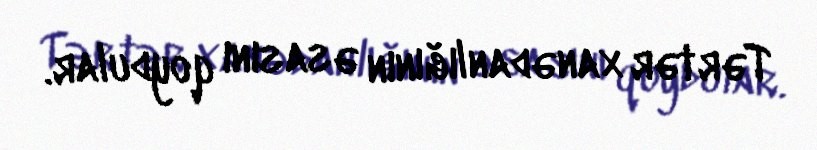
Tərtər xanədanlığının əsasını qoydular.